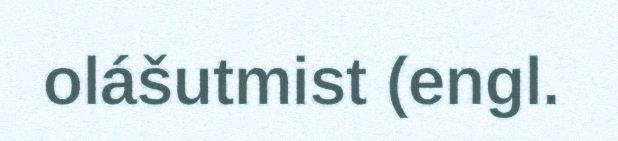
olášutmist (engl.